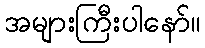
အများကြီးပါနော်။